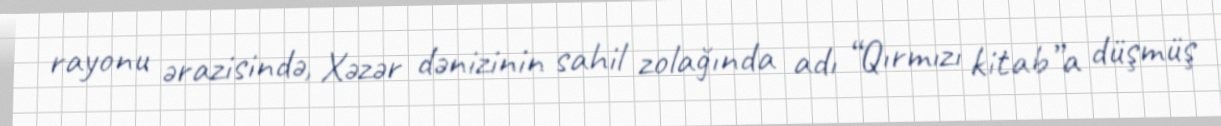
rayonu ərazisində, Xəzər dənizinin sahil zolağında adı “Qırmızı kitab”a düşmüş